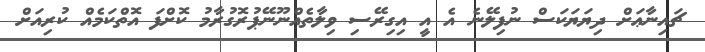
ޗައިނާޢަށް ދިޔަޔަކަސް ނުފިލޭނެ އެ އީ އިގިރޭސި ވިލާތެއްނޫނޭޕުރޮގުރާމު ކޮށްފަ އޮތްކަމެއް ކުރިއަށް